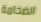
الضخامة